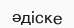
әдіске